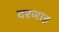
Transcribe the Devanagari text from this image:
दरजाह